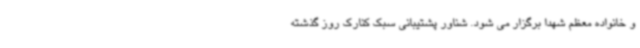
و خانواده معظم شهدا برگزار می شود. شناور پشتیبانی سبک کنارک روز گذشته